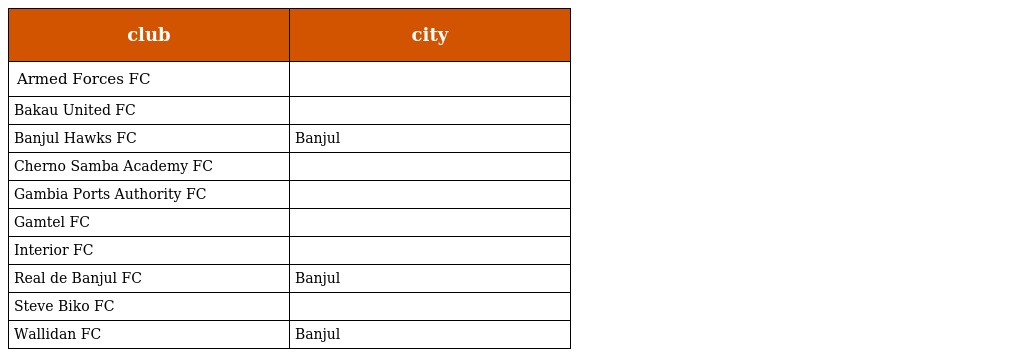
| club | city |
 | --- | --- |
 | Armed Forces FC |  |
 | Bakau United FC |  |
 | Banjul Hawks FC | Banjul |
 | Cherno Samba Academy FC |  |
 | Gambia Ports Authority FC |  |
 | Gamtel FC |  |
 | Interior FC |  |
 | Real de Banjul FC | Banjul |
 | Steve Biko FC |  |
 | Wallidan FC | Banjul |